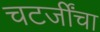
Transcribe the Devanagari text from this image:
चटर्जींचा